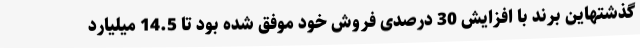
گذشتهاین برند با افزایش 30 درصدی فروش خود موفق شده بود تا 14.5 میلیارد